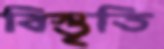
বিস্তৃতি